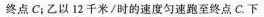
终点C；乙以12千米/时的速度匀速跑至终点C.下